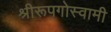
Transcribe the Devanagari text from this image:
श्रीरूपगोस्वामी